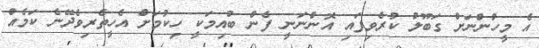
އެ މީހުންނަށް ގަބޫލު ކުރެވިފައި އޮންނަނީ ފެން ބުއިމަކީ ހިކުމަށް އެހީތެރިވެދޭނެ ކަމެއް